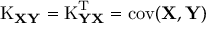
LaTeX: \operatorname { K } _ { \mathbf { X Y } } = \operatorname { K } _ { \mathbf { Y X } } ^ { \mathrm { { T } } } = \operatorname { c o v } ( \mathbf { X } , \mathbf { Y } )